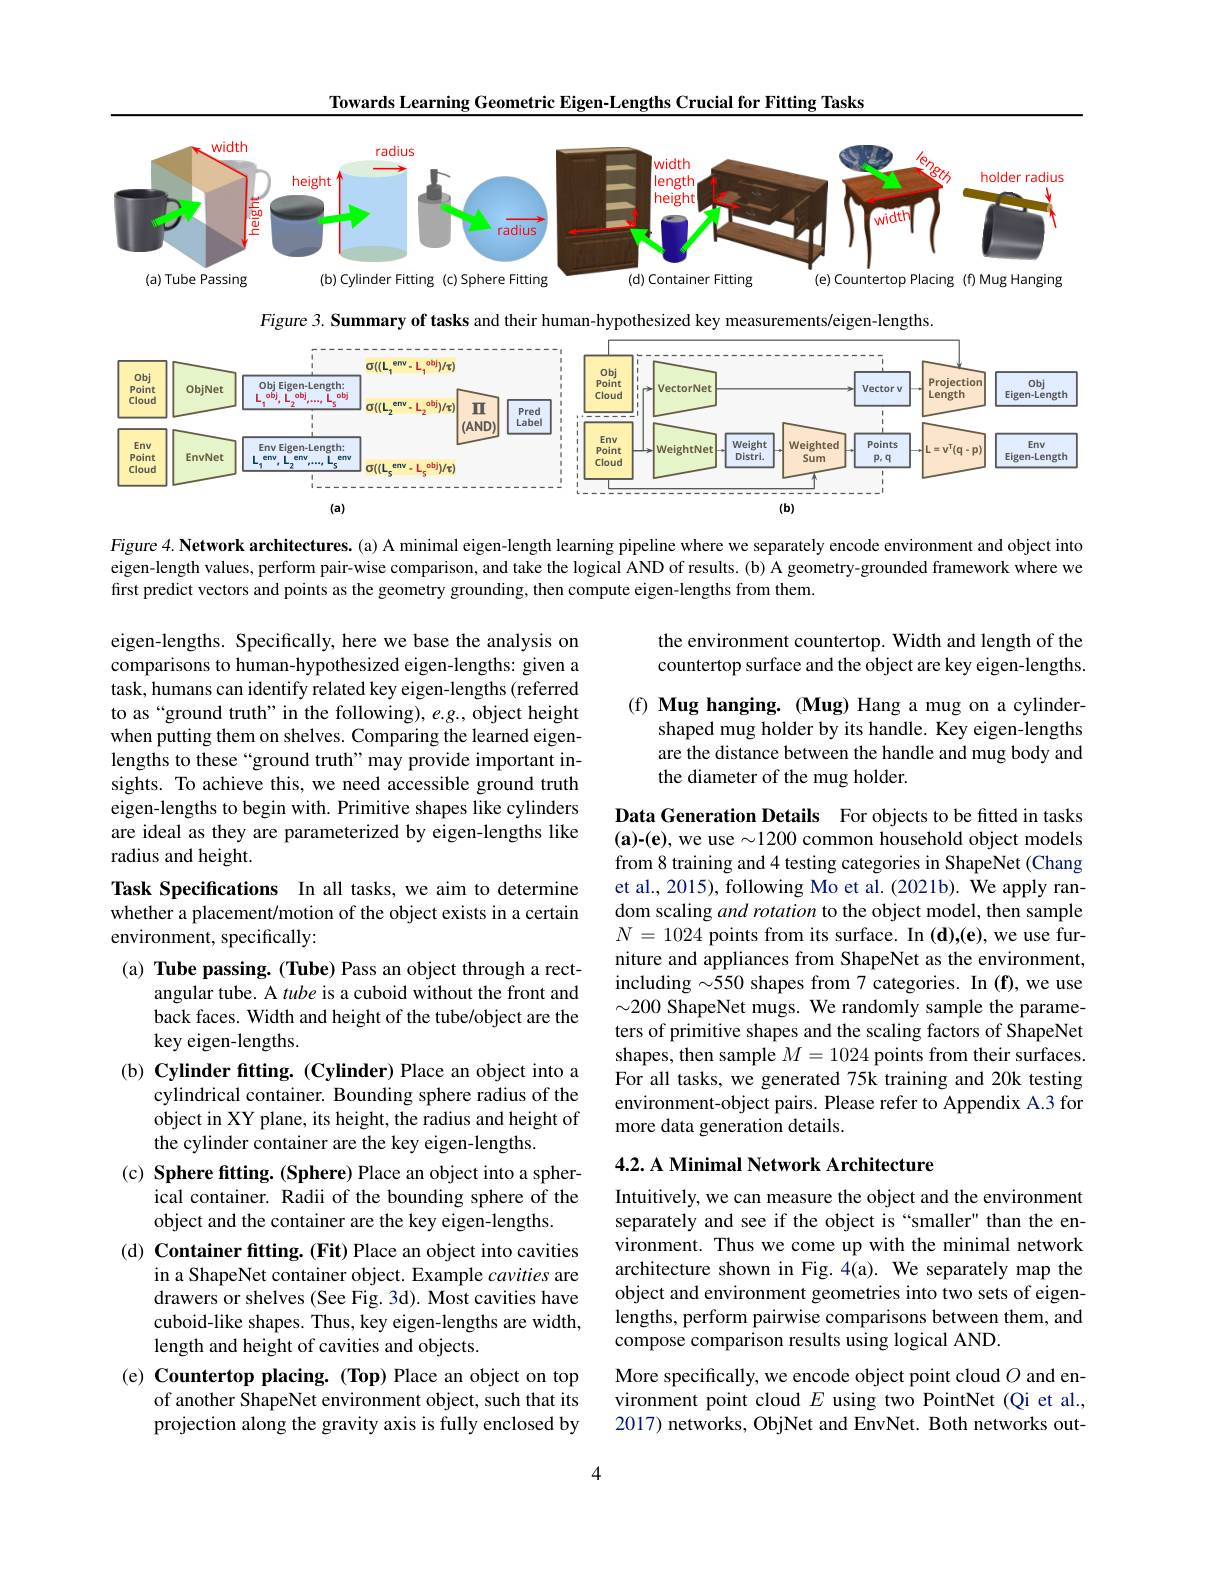
Towards Learning Geometric Eigen-Lengths Crucial for Fitting Tasks

<FigureHere>

$Figure3. \textbf{Summary of tasks and their human- hypothesized key measurements/ eigen- lengths}$

<FigureHere>

Figure 4. Network architectures. (a) A minimal eigen-length learning pipeline where we separately encode environment and object into eigen-length values, perform pair-wise comparison, and take the logical AND of results. (b) A geometry-grounded framework where we first predict vectors and points as the geometry grounding, then compute eigen-lengths from them.

the environment countertop. Width and length of the countertop surface and the object are key eigen-lengths.

(f) Mug hanging. (Mug) Hang a mug on a cylinder-
shaped mug holder by its handle. Key eigen-lengths are the distance between the handle and mug body and the diameter of the mug holder.

eigen-lengths. Specifically, here we base the analysis on comparisons to human-hypothesized eigen-lengths: given a task, humans can identify related key eigen-lengths (referred to as“ground truth”in the following), e.g., object height when putting them on shelves. Comparing the learned eigenlengths to these“ground truth”may provide important insights. To achieve this, we need accessible ground truth eigen-lengths to begin with. Primitive shapes like cylinders are ideal as they are parameterized by eigen-lengths like radius and height.

Task Specifications In all tasks, we aim to determine whether a placement/motion of the object exists in a certain environment, specifically:

Data Generation Details For objects to be fitted in tasks $(\mathbf{a})-(\mathbf{e})$, we use $\sim1200$ common household object models from 8 training and 4 testing categories in ShapeNet (Chang et al., 2015), following Mo et al. (2021b). We apply random scaling and rotation to the object model, then sample $N=1024$ points from its surface. In (d),(e), we use furniture and appliances from ShapeNet as the environment, including $\sim550$ shapes from 7 categories. In (f), we use $\sim200$ ShapeNet mugs. We randomly sample the parameters of primitive shapes and the scaling factors of ShapeNet shapes, then sample $M=1024$ points from their surfaces. For all tasks, we generated 75k training and 20k testing environment-object pairs. Please refer to Appendix A.3 for more data generation details.

## 4.2. A Minimal Network Architecture

(a) Tube passing. (Tube) Pass an object through a rect-
angular tube. A tube is a cuboid without the front and back faces. Width and height of the tube/object are the key eigen-lengths.
(b) Cylinder ftting. (Cylinder) Place an object into a
cylindrical container. Bounding sphere radius of the object in XY plane, its height, the radius and height of the cylinder container are the key eigen-lengths.
(c) Sphere fitting. (Sphere) Place an object into a spher-
ical container. Radii of the bounding sphere of the
object and the container are the key eigen-lengths.
(d) Container fitting. (Fit) Place an object into cavities
in a ShapeNet container object. Example cavities are drawers or shelves (See Fig. 3d). Most cavities have cuboid-like shapes. Thus, key eigen-lengths are width, length and height of cavities and objects.
(e) Countertop placing. (Top) Place an object on top
of another ShapeNet environment object, such that its projection along the gravity axis is fully enclosed by

Intuitively, we can measure the object and the environment separately and see if the object is “smaller" than the environment. Thus we come up with the minimal network architecture shown in Fig.4(a). We separately map the object and environment geometries into two sets of eigenlengths, perform pairwise comparisons between them, and compose comparison results using logical AND.

More specifically, we encode object point cloud $O$ and environment point cloud $E$ using two PointNet (Qi et al., 2017) networks, ObjNet and EnvNet. Both networks out-

4